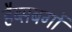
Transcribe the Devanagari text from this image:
हैब्सबर्गों